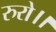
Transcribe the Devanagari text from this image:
रुरो।।